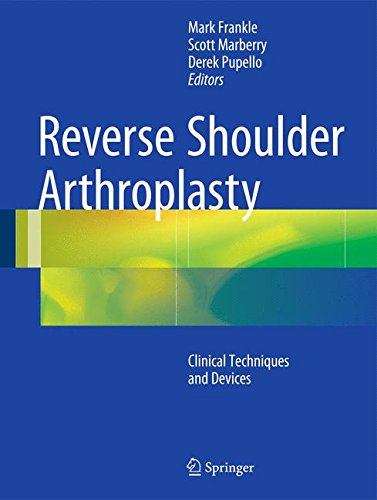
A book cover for Reverse Shoulder Arthroplasty: Biomechanics, Clinical Techniques, and Current Technologies; Medical Books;